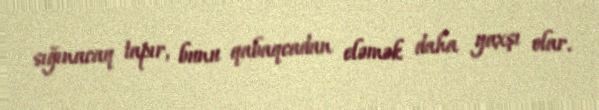
sığınacaq tapır, bunu qabaqcadan eləmək daha yaxşı olar.